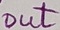
Text: out